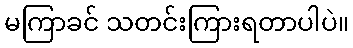
မကြာခင် သတင်းကြားရတာပါပဲ။